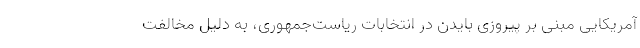
آمریکایی مبنی بر پیروزی بایدن در انتخابات ریاست‌جمهوری، به دلیل مخالفت